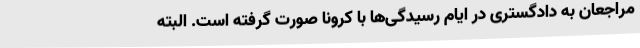
مراجعان به دادگستری در ایام رسیدگی‌ها با کرونا صورت گرفته است. البته